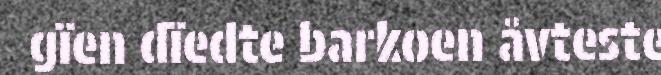
gïen dïedte barkoen åvteste